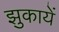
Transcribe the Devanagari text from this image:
झुकायें